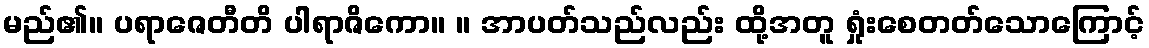
မည်၏။ ပရာဇေတီတိ ပါရာဇိကော။ ။ အာပတ်သည်လည်း ထို့အတူ ရှုံးစေတတ်သောကြောင့်